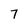
Character: 7